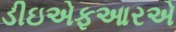
ડીઇએફઆરએ